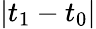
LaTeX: |t_{1}-t_{0}|